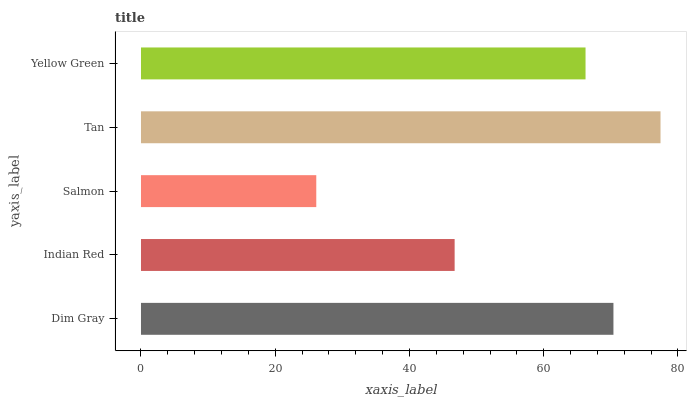
| yaxis_label | bars |
 | --- | --- |
 | Dim Gray | 70.4 |
 | Indian Red | 46.7 |
 | Salmon | 26.1 |
 | Tan | 77.4 |
 | Yellow Green | 66.2 |